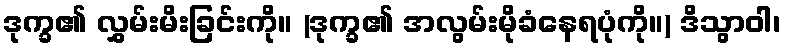
ဒုက္ခ၏ လွှမ်းမိးခြင်းကို။ (ဒုက္ခ၏ အလွမ်းမိုခံနေရပုံကို။) ဒိသွာဝါ၊